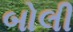
બોલી